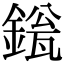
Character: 𬫱